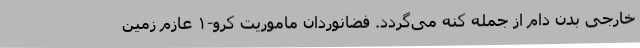
خارجی بدن دام از جمله کنه می‌گردد. فضانوردان ماموریت کرو-۱ عازم زمین